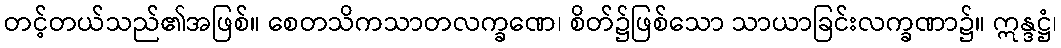
တင့်တယ်သည်၏အဖြစ်။ စေတသိကသာတလက္ခဏေ၊ စိတ်၌ဖြစ်သော သာယာခြင်းလက္ခဏာ၌။ ဣန္ဒဋ္ဌံ၊